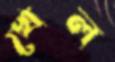
খেল